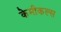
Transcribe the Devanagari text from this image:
केमीकल्स